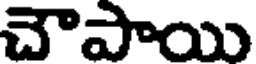
చౌపాయి